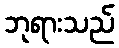
ဘုရားသည်